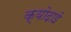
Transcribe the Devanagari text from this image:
क्योदाई